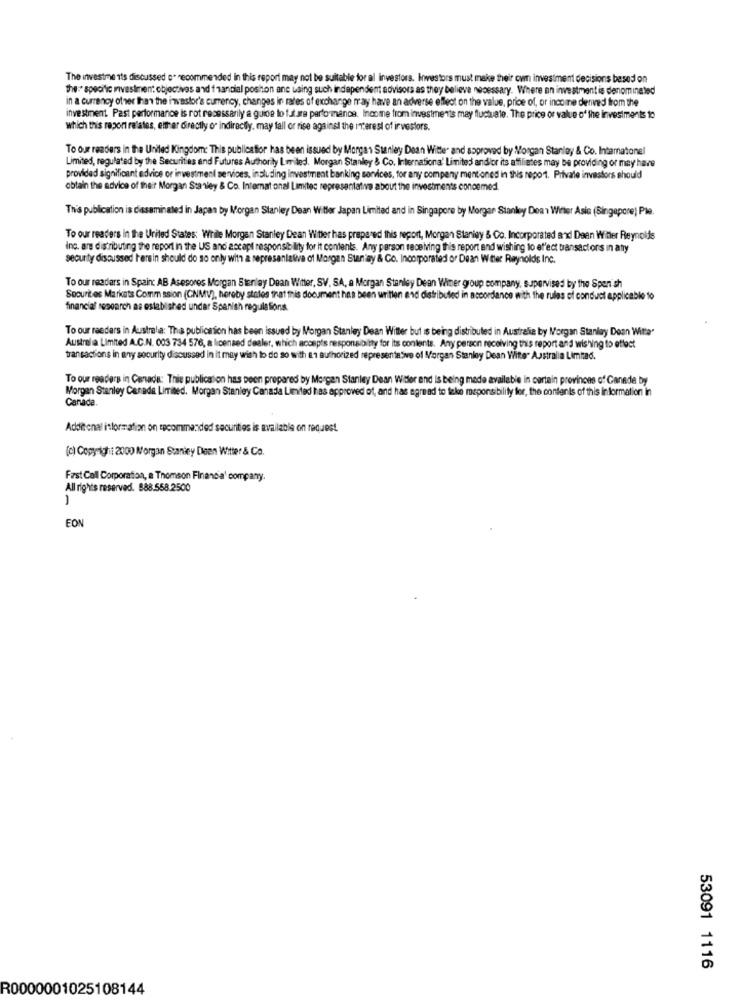
The investme its discussed o. recommended in this report may not be suitable for al investors. Inwestors must make their cvm investment decisions based on
the:" specific ivestment objectives and francial positon ane using such independent advisors as they believe necessary. Where an investment is denominated
in a currency other than the investor's currency, changes in rates of exchange may have an adverse effect on the value, price of, or income derived from the
investment Past performance is rot necessarily a guide to future performance. Income from investments may fluctuate. The price or value of the investments to
which this report relates, either directly or indirectly, may fall or rise against the Interest of investors.
To our readers in the United Kingdom: This publicaflor has been issued by Morgan Stanley Dean Witte" and approved by Morgan Stanley & Co. Intamnatonel
Limited, regulated by the Securities and Futures Authority Leited. Morgan Stanley & Co. Internationa' Limites and/or its affiliates may be providing or may have
provided significant advice or investment services, including investment banking services, for any company mentioned in this report. Private investors should
obtain the advice of their Morgan Stanley & Co. Internat onal Limites representative about the investments conoemed.
This publication is diasaminated in Japan by Morgan Stanley Dean Witler Japan Limited and in Singapore by Morgan Stanley Dean Wieler Asie (Singapore) Ple.
To our readers in the United States: While Morgan Stanley Dean Witter has prepared this report, Morgen Staniey & Co. Incorporated and Dean Winter Reynolds
ing. are distributing the report in the US and accapi responsibility for it contents. Any person receiving this report and wishing to el'ect transactors in aty
security discussed herein should do so only with a representative of Morgan Stanley & Co. Incorporated or Dean W tler Reynolds Inc.
To our readars in Spain: AB Asesores Morgan Stanley Dean Witter, SV, SA, a Morgan Stanley Dean Wier group company, supervised by the Spanish
Soourites Markets Comm ssion (CNMV), hereby states that this document has been written and distributed in accordance with the rules of conduct applicable to
financial research as established under Spanish regula fions
To our raeders in Australia: The publication has been issued by Morgan Stanley Dean Witter but is being distributed in Australia by Morgan Stanley Dean Witte'
Australia Limited A.C.N. 003 734 576, a licensed dealer, which accep's responsibility for its contents. Any person receiving this report and wishing to effect
transactions in any security discussed in it may wish to do so with an authorized representative of Morgan Stanley Dean Vite Australia Limrad.
To our readers in Canada: Thie publication has been prepared by Morgan Stanley Dean Witter and Is being made available in certain provinces of Canada by
Morgan Stanley Canada Limited. Morgan Stanley Canada Limited has approved of, and has agreed to take meponsibility for, the contents of this information in
Canada.
Additonal itformation on spcommanded securities is available on request.
[c) Copyright 2000 Morgan Stanley Deen Witter & Co.
Fast Call Corporation, a Thomson Financia' company.
All rights reserved. 888.558.2500
1
EON
53091 1116
R0000001025108144